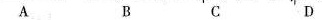
A B C D